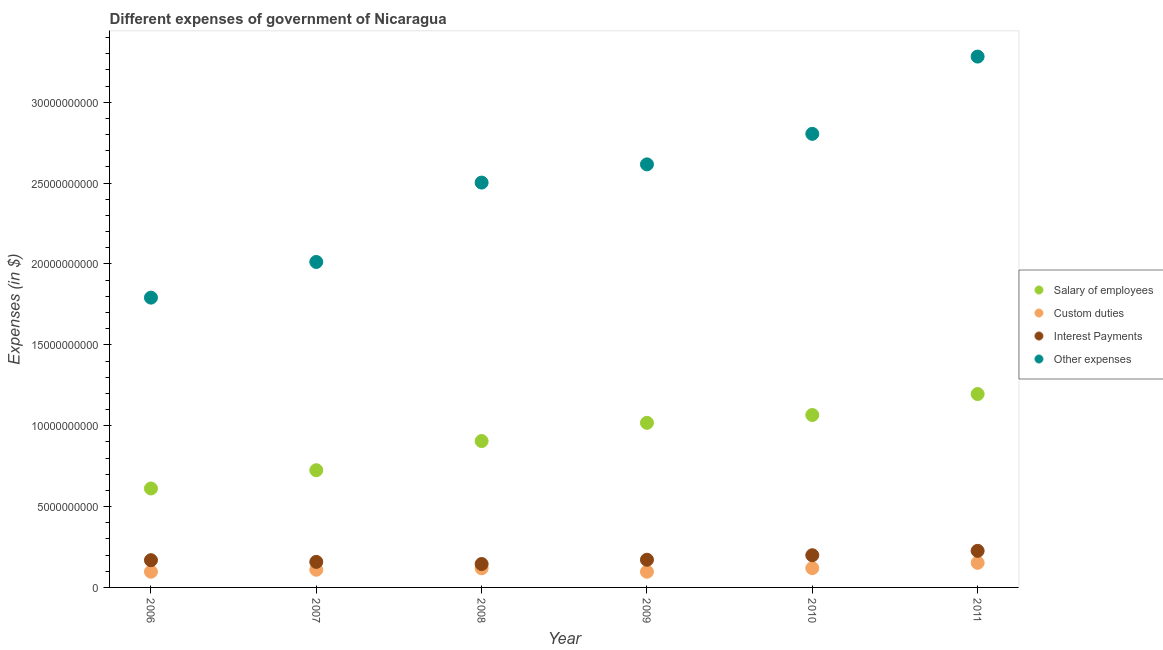
| Year | Salary of employees | Custom duties | Interest Payments | Other expenses |
 | --- | --- | --- | --- | --- |
 | 2006 | 6.12e+09 | 9.72e+08 | 1.68e+09 | 1.79e+10 |
 | 2007 | 7.25e+09 | 1.09e+09 | 1.58e+09 | 2.01e+10 |
 | 2008 | 9.05e+09 | 1.18e+09 | 1.45e+09 | 2.5e+10 |
 | 2009 | 1.02e+10 | 9.7e+08 | 1.71e+09 | 2.62e+10 |
 | 2010 | 1.07e+10 | 1.19e+09 | 1.99e+09 | 2.8e+10 |
 | 2011 | 1.2e+10 | 1.52e+09 | 2.26e+09 | 3.28e+10 |